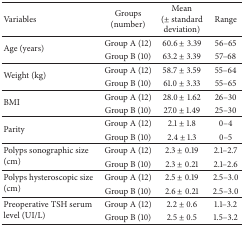
<table><thead><tr><td><b>Variables</b></td><td><b>Groups (number)</b></td><td><b>Mean (± standard deviation)</b></td><td><b>Range</b></td></tr></thead><tbody><tr><td rowspan="2">Age (years)</td><td>Group A (12)</td><td>60.6 ± 3.39</td><td>56–65</td></tr><tr><td>Group B (10)</td><td>63.2 ± 3.39</td><td>57–68</td></tr><tr><td rowspan="2">Weight (kg)</td><td>Group A (12)</td><td>58.7 ± 3.59</td><td>55–64</td></tr><tr><td>Group B (10)</td><td>61.0 ± 3.33</td><td>55–65</td></tr><tr><td rowspan="2">BMI</td><td>Group A (12)</td><td>28.0 ± 1.62</td><td>26–30</td></tr><tr><td>Group B (10)</td><td>27.0 ± 1.49</td><td>25–30</td></tr><tr><td rowspan="2">Parity</td><td>Group A (12)</td><td>2.1 ± 1.8</td><td>0–4</td></tr><tr><td>Group B (10)</td><td>2.4 ± 1.3</td><td>0–5</td></tr><tr><td rowspan="2">Polyps sonographic size (cm)</td><td>Group A (12)</td><td>2.3 ± 0.19</td><td>2.1–2.7</td></tr><tr><td>Group B (10)</td><td>2.3 ± 0.21</td><td>2.1–2.6</td></tr><tr><td rowspan="2">Polyps hysteroscopic size (cm)</td><td>Group A (12)</td><td>2.5 ± 0.19</td><td>2.5–3.0</td></tr><tr><td>Group B (10)</td><td>2.6 ± 0.21</td><td>2.5–3.0</td></tr><tr><td rowspan="2">Preoperative TSH serum level (UI/L)</td><td>Group A (12)</td><td>2.2 ± 0.6</td><td>1.1–3.2</td></tr><tr><td>Group B (10)</td><td>2.5 ± 0.5</td><td>1.5–3.2</td></tr></tbody></table>